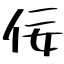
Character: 佞